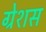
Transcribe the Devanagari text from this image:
ग्रेशस